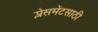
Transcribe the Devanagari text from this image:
प्लेसमेंटसाठी